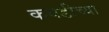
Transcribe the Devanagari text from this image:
कवडीच्या